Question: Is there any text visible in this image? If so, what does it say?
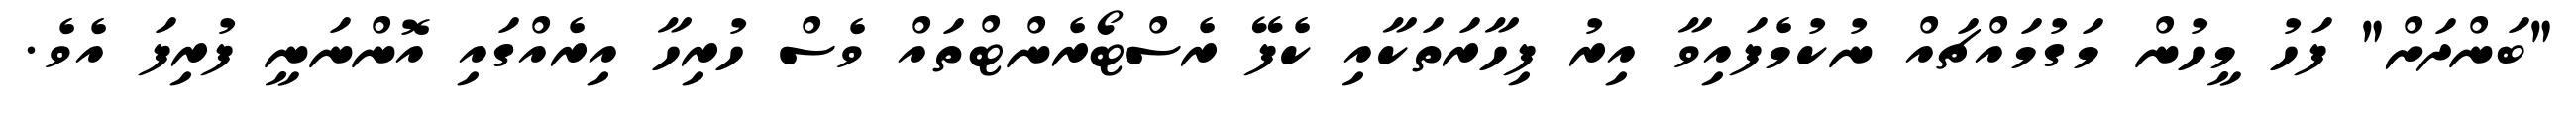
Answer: "ބަންދަށް" ފަހު މީހުން މަގުމައްޗައް ނުކުމެފައިވާ އިރު ފިހާރަތަކާއި ކެފޭ ރެސްޓޯރެންޓްތައް ވެސް ހުރިހާ އިރެއްގައި އޮންނަނީ ފުރިފަ އެވެ.